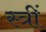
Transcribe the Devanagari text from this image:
स्त्रीं